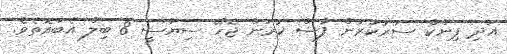
އަދި ޕިންކް ސަރުކާރުން ފާސް ކުރަން ޖެހޭ ސިޔާސީ 8 ބިލް އެބައޮތެވެ.